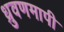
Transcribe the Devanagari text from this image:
ध्रुवणमापी